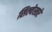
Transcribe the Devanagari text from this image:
सिल्वेस्तरे